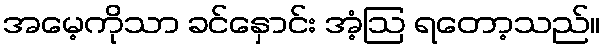
အမေ့ကိုသာ ခင်နှောင်း အံ့ဩ ရတော့သည်။